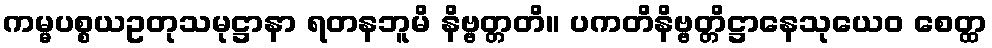
ကမ္မပစ္စယဥတုသမုဋ္ဌာနာ ရတနဘူမိ နိဗ္ဗတ္တတိ။ ပကတိနိဗ္ဗတ္တိဋ္ဌာနေသုယေဝ စေတ္ထ